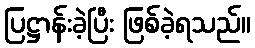
ပြဋ္ဌာန်းခဲ့ပြီး ဖြစ်ခဲ့ရသည်။